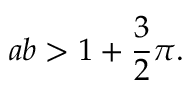
a b > 1 + { \frac { 3 } { 2 } } \pi .